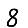
Digit: 8